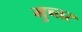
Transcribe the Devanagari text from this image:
मुच्तर